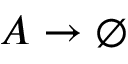
A \rightarrow \emptyset